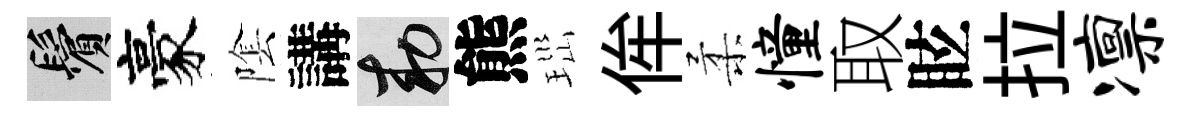
鬢豪隂講敕熊𤤼侔柔憧取眩拉凛